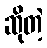
ဆိုတဲ့